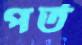
পর্ত